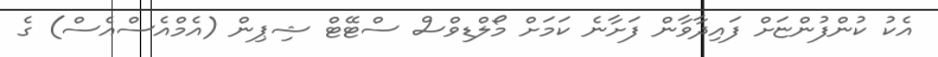
އެކު ކުންފުންޏަށް ފައިދާވާން ފަށާނެ ކަމަށް މޯލްޑިވްސް ސްޓޭޓް ޝިޕިން (އެމްއެސްއެސް) ގެ